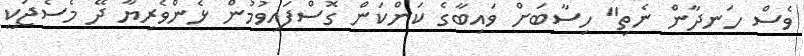
ވެސް ހަނދާން ނެތި" ހިސާބަށް ވައިބާގެ ކަންކަން ގޮސްފައިވުމުން ޅެންވެރިޔާ ދޭ މެސެޖަކީ